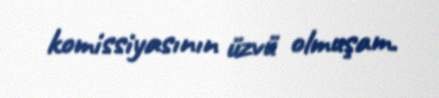
komissiyasının üzvü olmuşam.